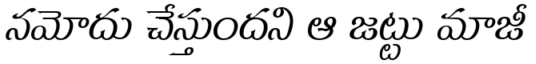
నమోదు చేస్తుందని ఆ జట్టు మాజీ